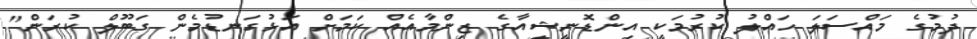
ދުމުގެ މައްސަލަ ހައްލު ކުރުމަކީ އިންޑޮނީޝިއާގެ ޒިންމާއެއް ކަމަށް އަޅުގަނޑުމެން ގަބޫލް ކުރަން"